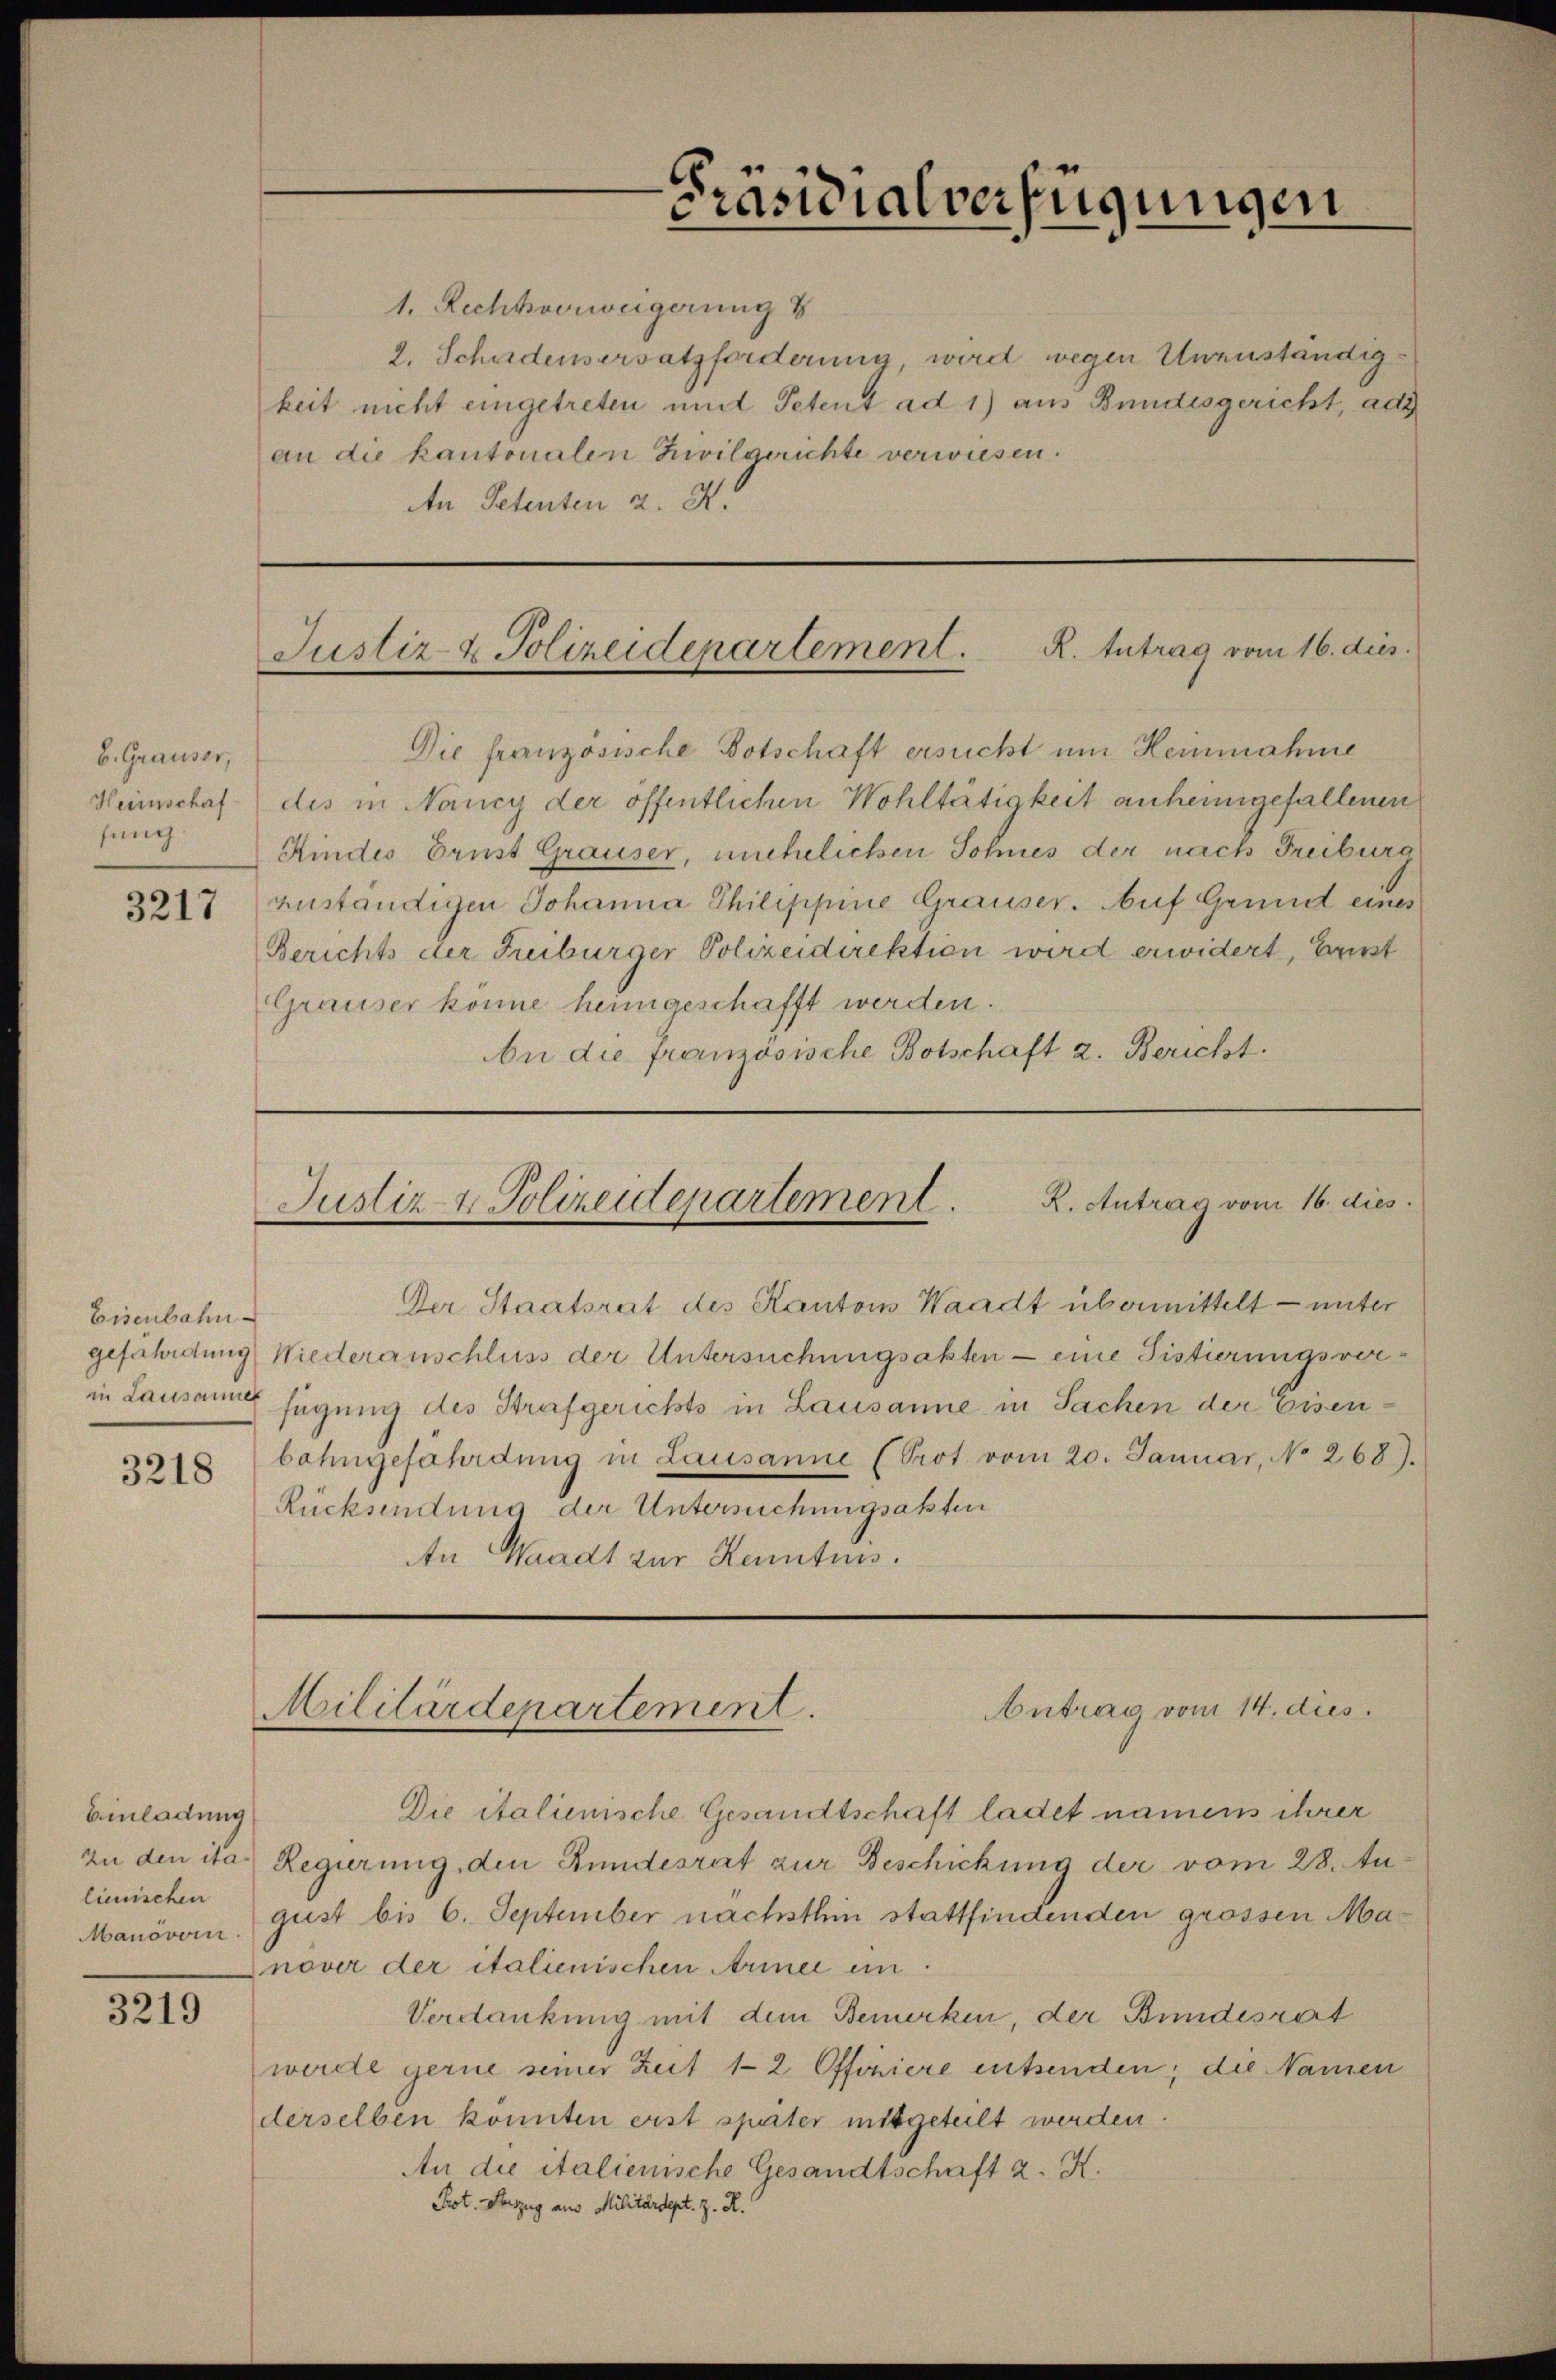
b. Grauser,
Heimschaf
fung

3217

Eisenbahn
gefährdung
3218

Einladung
Zu den ita¬
Manövern.

3219

Präsidialverfügungen

1. Rechtverweigerung
2. Schadensersatzforderung, wird wegen Unzuständigkeit nicht eingetreten mit Petent ad 1) aus Bundesgericht, ade
an die kantonalen Zivilgerichte verwiesen.
An Petenten u. 4.

Justiz- & Polizeidenartement. R. Intrag vom 16. dies

Die französische Botschaft ersucht um Heinnahme
dis in Nancy der öffentlichen Wohltätigkeit anheimgefallenen
Kindes Brust Grauser, unehelichen Sohnes der nach Freiburg
zuständigen Johanna Philippine Grauser. Auf Grund eines
Berichts der Freiburger Polizeidirektion wird erwidert, Ernst
Grauser könne heimgeschafft werden.
An die Französische Botschaft 2. Bericht.

Justiz & Polizeidepartement. K. Antrag vom 16. dies
Der Staatsrat des Kantons Waadt übermittelt — unter

Niederanschluss der Untersuchungsakten - eine Sistierungsver-
in Lausanne fügung des Strafgerichts in Lausanne in Sachen der Eisenbahngefährdung in Lausanne (Prot. vom 20. Januar, No 268).
Rücksendung der Untersuchungsakten
An Waadt zur Kenntnis.

Antrag vom 14. dies
Militärdepartement.

Die italienische Gesandtschaft ladet namens ihrer
Regierung den Rundesrat zur Beschickung der vom 28. Aulienischen gust bis 6. September nächsthin stattfindenden grossen Manover der italienischen Armee ein
Verdankung mit dem Bemerken, der Bundesrat
werde gerne seiner Zeit 12 Offoniere entsenden; die Namen
derselben könnten erst später mitgeteilt werden.
An die italienische Gesandtschaft 2. K.
Prot. Auszug aus Militärdept. z. R.